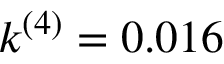
k ^ { ( 4 ) } = 0 . 0 1 6